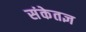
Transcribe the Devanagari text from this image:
संकेतज्ञ